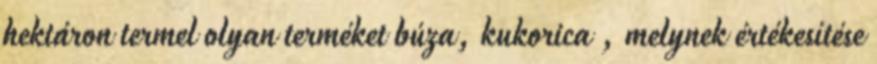
hektáron termel olyan terméket búza, kukorica , melynek értékesítése